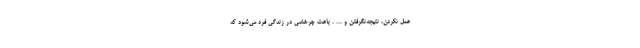
عمل نکردن، نتیجه‌نگرفتن و ... . باعث چرخشی در زندگی فرد می‌شود که